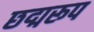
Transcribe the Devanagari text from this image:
छद्मरूप